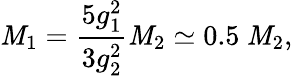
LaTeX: \mathit{M}_{1}={\frac{{5g_{1}^{2}}}{{3g_{2}^{2}}}}\mathit{M}_{2}\simeq0.5~\mathit{M}_{2},